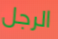
الرجل